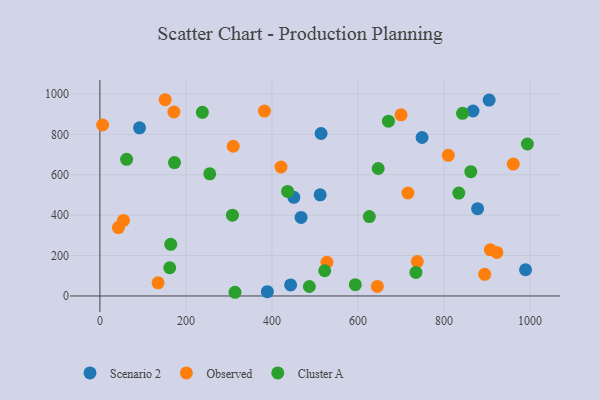
{"axis": {"x": "Study Hours", "y": "Exam Score"}, "legend": ["Cluster A", "Observed", "Scenario 2"], "data": [{"x": "989.4", "y": 129.8, "type": "Scenario 2"}, {"x": "443.3", "y": 54.7, "type": "Scenario 2"}, {"x": "748.9", "y": 784.1, "type": "Scenario 2"}, {"x": "450.8", "y": 488.2, "type": "Scenario 2"}, {"x": "904.8", "y": 969.4, "type": "Scenario 2"}, {"x": "514.1", "y": 803.9, "type": "Scenario 2"}, {"x": "389.2", "y": 21.3, "type": "Scenario 2"}, {"x": "512.0", "y": 500.4, "type": "Scenario 2"}, {"x": "467.6", "y": 388.8, "type": "Scenario 2"}, {"x": "878.0", "y": 432.0, "type": "Scenario 2"}, {"x": "867.3", "y": 915.2, "type": "Scenario 2"}, {"x": "92.1", "y": 832.1, "type": "Scenario 2"}, {"x": "421.0", "y": 638.1, "type": "Observed"}, {"x": "716.1", "y": 509.5, "type": "Observed"}, {"x": "894.5", "y": 107.2, "type": "Observed"}, {"x": "644.9", "y": 47.2, "type": "Observed"}, {"x": "172.0", "y": 910.4, "type": "Observed"}, {"x": "43.0", "y": 338.3, "type": "Observed"}, {"x": "809.8", "y": 696.0, "type": "Observed"}, {"x": "135.2", "y": 65.2, "type": "Observed"}, {"x": "922.7", "y": 215.7, "type": "Observed"}, {"x": "907.6", "y": 229.0, "type": "Observed"}, {"x": "6.3", "y": 846.1, "type": "Observed"}, {"x": "382.5", "y": 915.0, "type": "Observed"}, {"x": "960.9", "y": 652.7, "type": "Observed"}, {"x": "309.9", "y": 740.9, "type": "Observed"}, {"x": "737.8", "y": 170.3, "type": "Observed"}, {"x": "151.7", "y": 971.1, "type": "Observed"}, {"x": "54.7", "y": 373.6, "type": "Observed"}, {"x": "527.7", "y": 166.8, "type": "Observed"}, {"x": "700.0", "y": 896.5, "type": "Observed"}, {"x": "646.9", "y": 630.8, "type": "Cluster A"}, {"x": "486.9", "y": 46.9, "type": "Cluster A"}, {"x": "164.6", "y": 255.7, "type": "Cluster A"}, {"x": "62.0", "y": 676.1, "type": "Cluster A"}, {"x": "670.7", "y": 865.2, "type": "Cluster A"}, {"x": "255.3", "y": 604.6, "type": "Cluster A"}, {"x": "314.0", "y": 18.3, "type": "Cluster A"}, {"x": "734.6", "y": 116.6, "type": "Cluster A"}, {"x": "162.3", "y": 139.6, "type": "Cluster A"}, {"x": "834.3", "y": 509.0, "type": "Cluster A"}, {"x": "862.2", "y": 614.9, "type": "Cluster A"}, {"x": "593.7", "y": 55.7, "type": "Cluster A"}, {"x": "238.2", "y": 908.8, "type": "Cluster A"}, {"x": "173.3", "y": 659.9, "type": "Cluster A"}, {"x": "843.0", "y": 903.9, "type": "Cluster A"}, {"x": "522.6", "y": 124.8, "type": "Cluster A"}, {"x": "626.3", "y": 393.1, "type": "Cluster A"}, {"x": "308.1", "y": 399.9, "type": "Cluster A"}, {"x": "436.3", "y": 517.1, "type": "Cluster A"}, {"x": "993.7", "y": 752.0, "type": "Cluster A"}]}